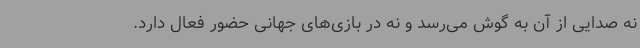
نه صدایی از آن به گوش می‌رسد و نه در بازی‌های جهانی حضور فعال دارد.